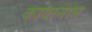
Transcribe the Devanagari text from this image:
कावानाघ